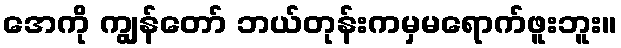
အေကို ကျွန်တော် ဘယ်တုန်းကမှမရောက်ဖူးဘူး။